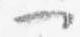
一